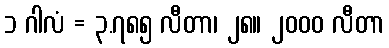
၁ ဂါလံ = ၃.၇၈၅ လီတာ၊ ၂၈။ ၂၀၀၀ လီတာ